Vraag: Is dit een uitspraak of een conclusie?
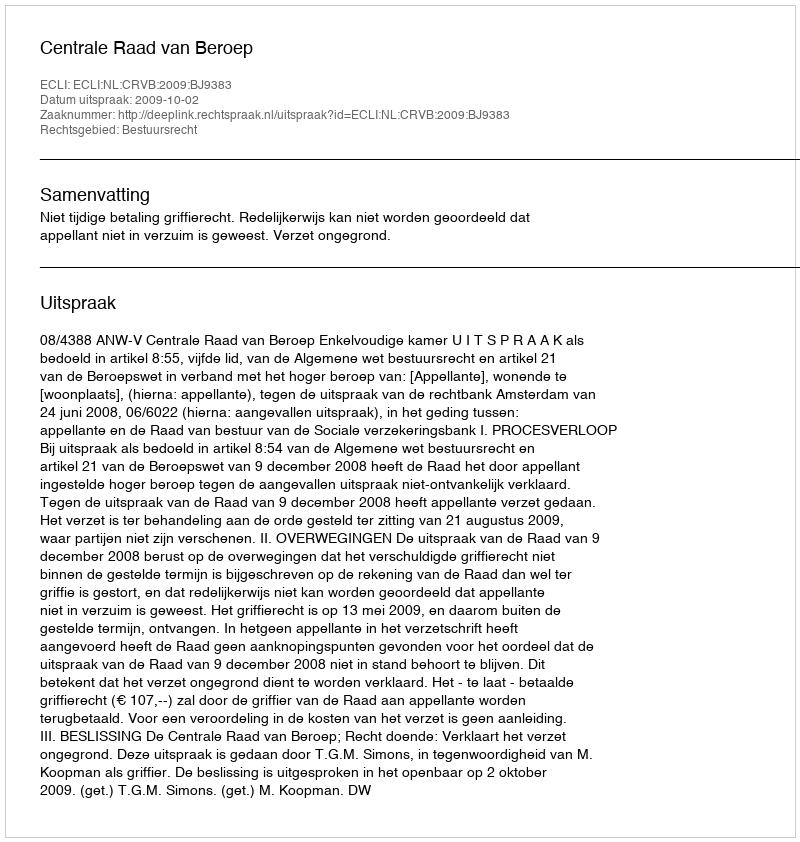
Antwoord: Uitspraak